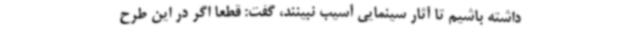
داشته باشیم تا آثار سینمایی آسیب نبینند، گفت: قطعا اگر در این طرح